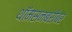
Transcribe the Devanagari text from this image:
थॉमसनबरोबर